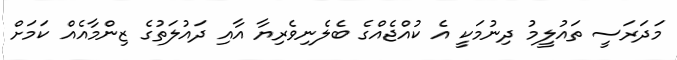
މަދަރަސީ ތައުލީމު ދިނުމަކީ އެ ކުއްޖެއްގެ ބެލެނިވެރިޔާ އާއި ދައުލަތުގެ ޒިންމާއެއް ކަމަށް